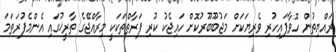
ރައްޔިތުން ހޮވާފައިހުރި ވެރިޔަކަށް މަޖުބޫބޫރުކޮށް ހައިޖެކު ކުރި ފަރާތްތަކަކީ މިރާއްޖޭގެ ތާރީޚުގައި އެންމެފުރަތަމަ